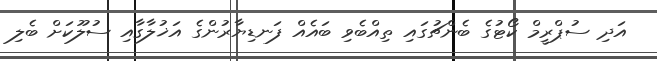
އަދި ސުޕްރީމް ކޯޓުގެ ބެންޗުގައި ތިއްބެވި ބައެއް ފަނޑިޔާރުންގެ އަޚުލާގާއި ސުލޫކަށް ބެލި